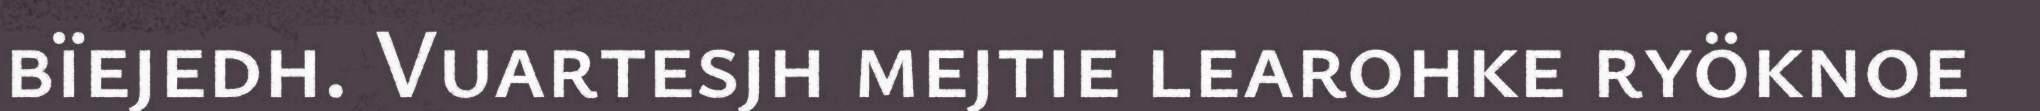
bïejedh. Vuartesjh mejtie learohke ryöknoe